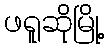
ဖရူဆိုမြို့